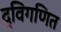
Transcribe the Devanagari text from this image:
द्विगणित